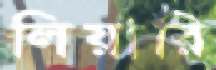
লিয়ারি